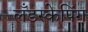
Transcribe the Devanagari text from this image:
लँडस्केपिंग